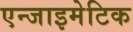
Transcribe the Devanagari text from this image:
एन्जाइमेटिक